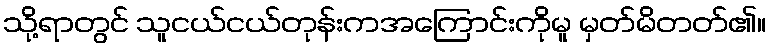
သို့ရာတွင် သူငယ်ငယ်တုန်းကအကြောင်းကိုမူ မှတ်မိတတ်၏။